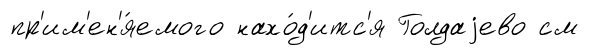
пр'им'ен'я́емого нахо́д'итс'я Голдаjево см